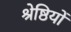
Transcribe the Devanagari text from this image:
श्रेष्ठियों